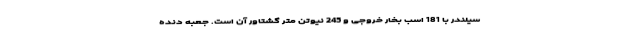
سیلندر با 181 اسب بخار خروجی و 245 نیوتن متر گشتاور آن است. جعبه دنده